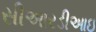
સીઆરડીઆઇ